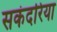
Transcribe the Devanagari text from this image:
सकंदरिया